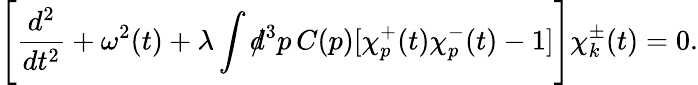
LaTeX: \Biggl[\frac{d^{2}}{dt^{2}}+\omega^{2}(t)+\lambda\int d\! \! \! /^{3}p\, C(p)[\chi_{p}^{+}(t)\chi_{p}^{-}(t)-1]\Biggr]\chi_{k}^{\pm}(t)=0.